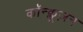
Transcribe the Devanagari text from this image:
कॉन्क्लूज़न